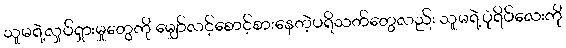
သူမရဲ့လှုပ်ရှားမှုတွေကို မျှော်လင့်စောင့်စားနေတဲ့ပရိသတ်တွေလည်း သူမရဲ့ပုံရိပ်လေးကို